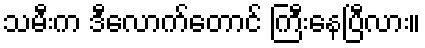
သမီးက ဒီလောက်တောင် ကြီးနေပြီလား။